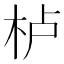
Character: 栌